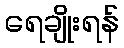
ရေချိုးရန်